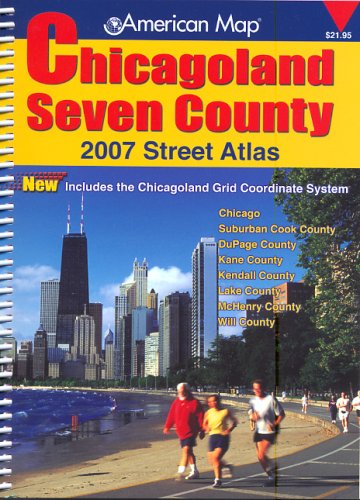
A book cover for American Map Chicagoland Seven County, Illinois Atlas; Travel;